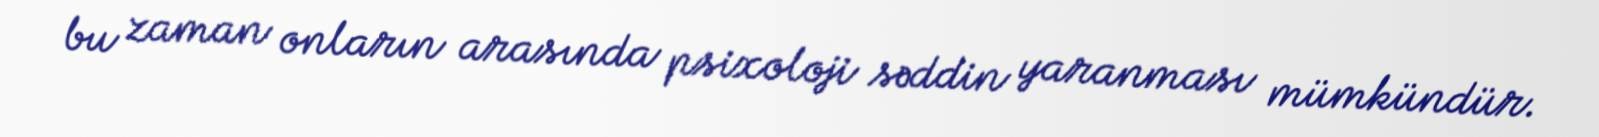
bu zaman onların arasında psixoloji səddin yaranması mümkündür.